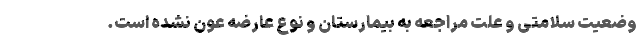
وضعیت سلامتی و علت مراجعه به بیمارستان و نوع عارضه عون نشده است.